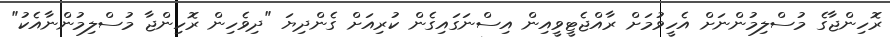
ރޮހިންޖާގެ މުސްލިމުންނަށް އެހީވުމަށް ރާއްޖެޓީވީއިން އިސްނަގައިގެން ކުރިއަށް ގެންދިޔަ "ދިވެހިން ރޮހިންޖާ މުސްލިމުންނާއެކު"